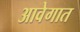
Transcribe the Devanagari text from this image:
आवेगात